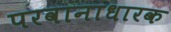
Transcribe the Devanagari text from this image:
परवानाधारक